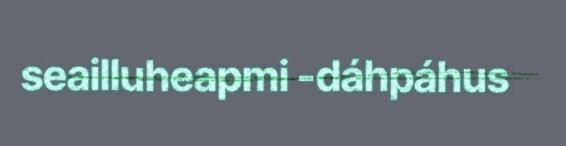
seailluheapmi -dáhpáhus